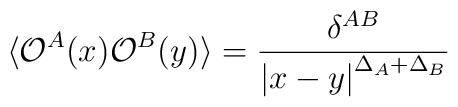
\langle {\cal O}^A(x) {\cal O}^B(y) \rangle = \frac{ \delta^{AB} }{\left| x-y \right|^{\Delta_A + \Delta_B} }